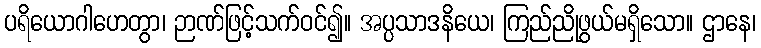
ပရိယောဂါဟေတွာ၊ ဉာဏ်ဖြင့်သက်ဝင်၍။ အပ္ပသာဒနိယေ၊ ကြည်ညိုဖွယ်မရှိသော။ ဌာနေ၊